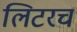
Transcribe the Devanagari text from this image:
लिटरच